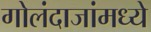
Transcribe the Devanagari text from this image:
गोलंदाजांमध्ये